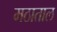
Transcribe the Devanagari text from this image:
मठाताल